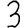
Digit: 3